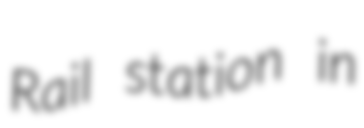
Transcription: Rail station in